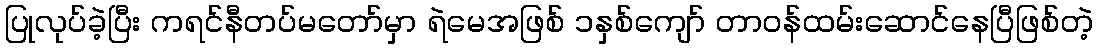
ပြုလုပ်ခဲ့ပြီး ကရင်နီတပ်မတော်မှာ ရဲမေအဖြစ် ၁နှစ်ကျော် တာဝန်ထမ်းဆောင်နေပြီဖြစ်တဲ့